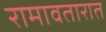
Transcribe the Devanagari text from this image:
रामावतारात